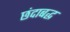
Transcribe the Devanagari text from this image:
छंदाबद्ध